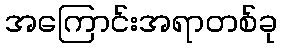
အကြောင်းအရာတစ်ခု